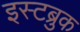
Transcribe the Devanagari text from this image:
इस्टब्रुक